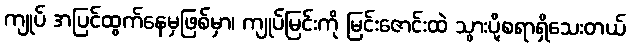
ကျုပ် အပြင်ထွက်နေမှဖြစ်မှာ၊ ကျုပ်မြင်းကို မြင်းဇောင်းထဲ သွားပို့စရာရှိသေးတယ်